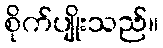
စိုက်ပျိုးသည်။